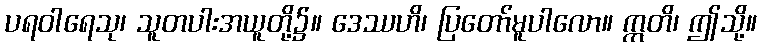
ပရဝါရေသု၊ သူတပါးအယူတို့၌။ ဒေဿဟိ၊ ပြတော်မူပါလော။ ဣတိ၊ ဤသို့။